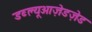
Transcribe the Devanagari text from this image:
डब्ल्यूओज़ेडज़ेड